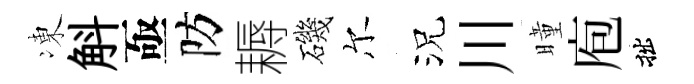
凍斛亟防耨磯尔況川曈庖拙